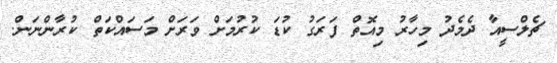
ޗެލްސީއާ ދެމެދު މިހާރު މިއޮތް ފަރަގު ކުޑަ ކުރުމަށް ވަރަށް މަސައްކަތް ކުރާންނަން.